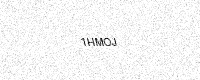
Text: 1HMOJ